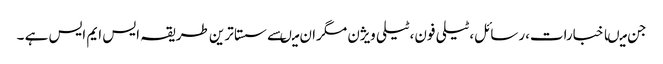
جن میںاخبارات،رسائل،ٹیلی فون،ٹیلی ویژن مگران میںسے سستا ترین طریقہ ایس ایم ایس ہے ۔